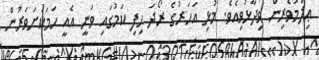
ޢިލްމުވެރިން ވިދާޅުވިއެވެ. މުޅި އަހަރުގެ ރޯދަ ހިފި ކަމުގައި ވަނީ އެއީ ހަމަކަށަވަރުން